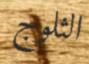
الثلوج